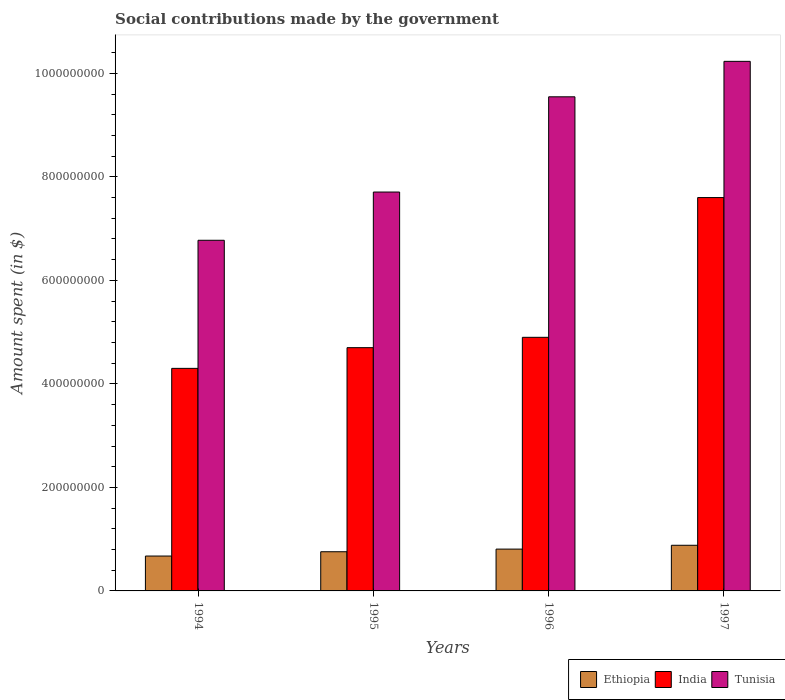
| Years | Ethiopia | India | Tunisia |
 | --- | --- | --- | --- |
 | 1994 | 6.74e+07 | 4.3e+08 | 6.78e+08 |
 | 1995 | 7.57e+07 | 4.7e+08 | 7.71e+08 |
 | 1996 | 8.08e+07 | 4.9e+08 | 9.55e+08 |
 | 1997 | 8.82e+07 | 7.6e+08 | 1.02e+09 |